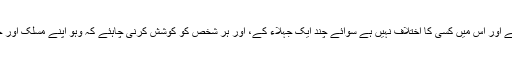
مذاہب، مسالک اور جماعتوں میں دوسروں کے بارے میں جو سختی، تشدد اور تعصب آگیا ہے، اسے ختم ہونا چاہئے اور اس میں کسی کا اختلاف نہیں ہے سوائے چند ایک جہلاء کے، اور ہر شخص کو کوشش کرنی چاہئے کہ وہو اپنے مسلک اور جماعت کی بھی اصلاح کرے اور ہر وقت دوسروں کے مذاہب، جماعت اور مسلک کی اصلاح ہی میں نہ لگا رہے۔